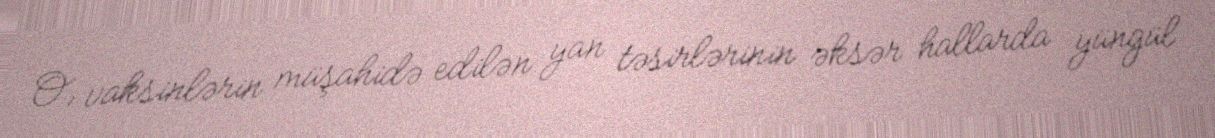
O, vaksinlərin müşahidə edilən yan təsirlərinin əksər hallarda yüngül